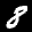
Label: 8